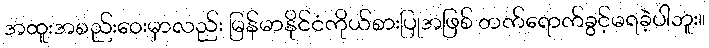
အထူးအစည်းဝေးမှာလည်း မြန်မာနိုင်ငံကိုယ်စားပြုအဖြစ် တက်ရောက်ခွင့်မရခဲ့ပါဘူး။